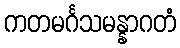
ကတမင်္ဂသမန္နာဂတံ